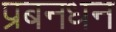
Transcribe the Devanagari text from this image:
प्रबनधन